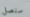
سنصل